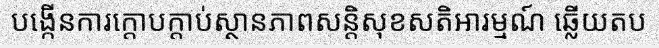
បង្កើនការក្តោបក្តាប់ស្ថានភាពសន្តិសុខសតិអារម្មណ៍ ឆ្លើយតប